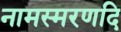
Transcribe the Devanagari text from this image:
नामस्मरणदि